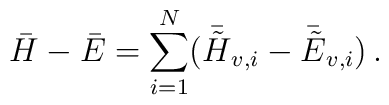
\bar{H}-\bar{E}=\sum_{i=1}^N (\bar{\tilde{H}}_{v,i}-\bar{\tilde{E}}_{v,i})\, .